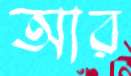
আর